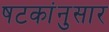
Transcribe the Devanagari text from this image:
षटकांनुसार